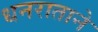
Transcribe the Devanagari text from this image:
धनराताने